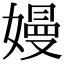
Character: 嫚